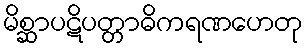
မိစ္ဆာပဋိပတ္တာဓိကရဏဟေတု